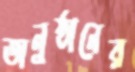
অনুষ্ঠানের